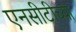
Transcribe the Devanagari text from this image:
एनसीटीच्या